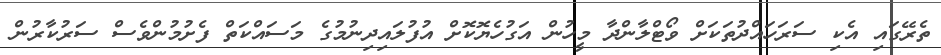
ތެރޭގައި އެކި ސަރަހައްދުތަކަށް ވޯޓްލާންދާ މީހުން އަގުހެޔޮކޮށް އުފުލައިދިނުމުގެ މަސައްކަތް ފެށުމުންވެސް ސަރުކާރުން